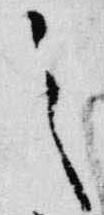
之